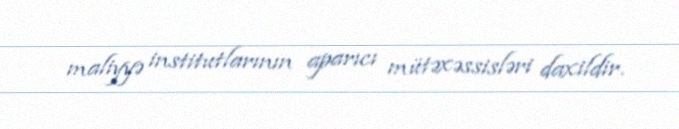
maliyyə institutlarının aparıcı mütəxəssisləri daxildir.